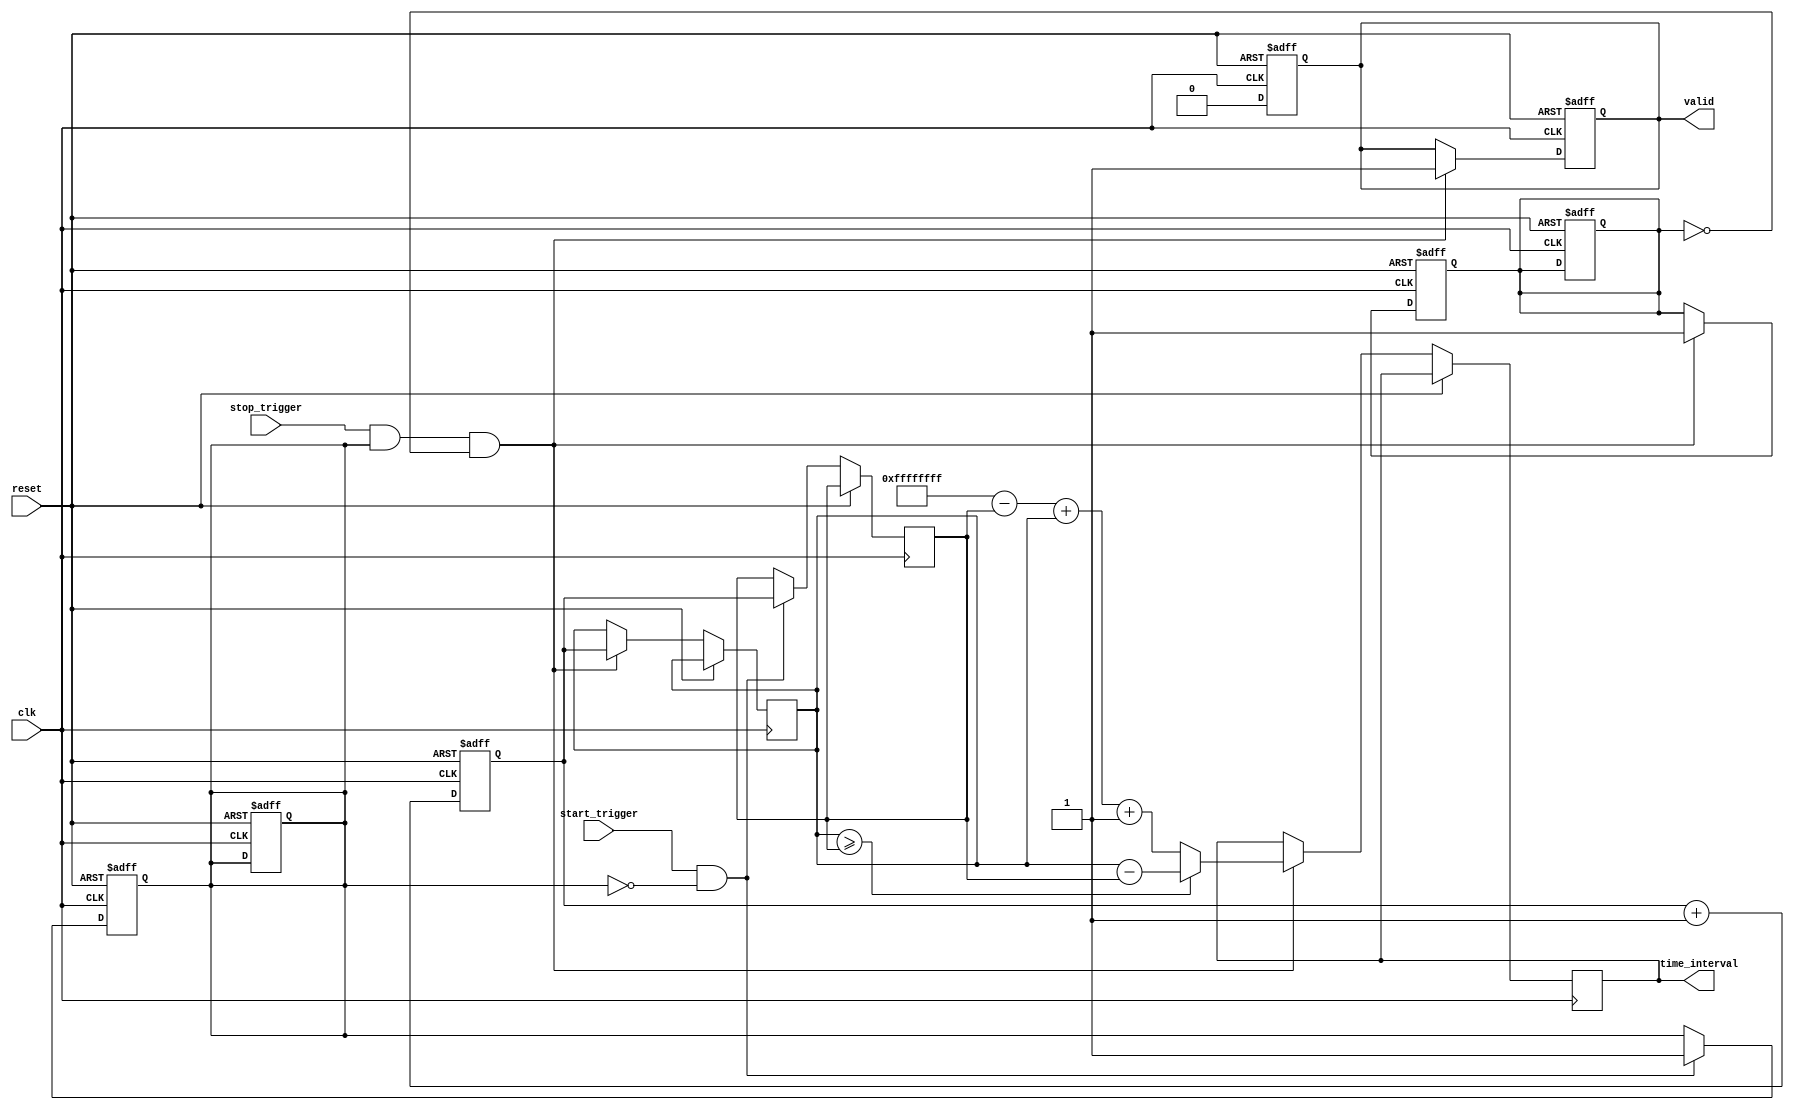
module TDC (
    input wire clk,               // High-speed clock (100 MHz)
    input wire reset,             // Asynchronous reset
    input wire start_trigger,     // START event trigger
    input wire stop_trigger,      // STOP event trigger
    output reg [31:0] time_interval, // Output time interval
    output reg valid              // Indicates valid time interval output
);

    // Parameters
    parameter MEMORY_DEPTH = 256; // Depth of the memory
    parameter ADDR_WIDTH = 8;      // Address width for memory (2^8 = 256)

    // Internal signals
    reg [31:0] timestamp_counter;   // Counter for timestamps
    reg [31:0] start_time;           // Start timestamp
    reg [31:0] stop_time;            // Stop timestamp
    reg [ADDR_WIDTH-1:0] write_addr; // Write address for memory
    reg [ADDR_WIDTH-1:0] read_addr;  // Read address for memory
    reg [31:0] memory [0:MEMORY_DEPTH-1]; // Dual-port memory for timestamps
    reg start_event_captured;        // Flag for capturing start event
    reg stop_event_captured;         // Flag for capturing stop event

    // Counter for timestamps
    always @(posedge clk or posedge reset) begin
        if (reset) begin
            timestamp_counter <= 32'b0;
        end else begin
            timestamp_counter <= timestamp_counter + 1;
        end
    end

    // Event capture logic
    always @(posedge clk or posedge reset) begin
        if (reset) begin
            start_event_captured <= 1'b0;
            stop_event_captured <= 1'b0;
            valid <= 1'b0;
        end else begin
            if (start_trigger && !start_event_captured) begin
                start_time <= timestamp_counter;
                write_addr <= 0; // Write to address 0 for START
                memory[write_addr] <= start_time;
                start_event_captured <= 1'b1;
            end
            
            if (stop_trigger && start_event_captured && !stop_event_captured) begin
                stop_time <= timestamp_counter;
                write_addr <= 1; // Write to address 1 for STOP
                memory[write_addr] <= stop_time;
                stop_event_captured <= 1'b1;

                // Calculate time interval
                if (stop_time >= start_time) begin
                    time_interval <= stop_time - start_time;
                end else begin
                    // Handle overflow case
                    time_interval <= (32'hFFFFFFFF - start_time) + stop_time + 1;
                end
                valid <= 1'b1; // Indicate valid output
            end
        end
    end

    // Reset flags after reading the valid output
    always @(posedge clk or posedge reset) begin
        if (reset) begin
            valid <= 1'b0;
            start_event_captured <= 1'b0;
            stop_event_captured <= 1'b0;
        end else if (valid) begin
            valid <= 1'b0; // Reset valid flag after reading
        end
    end

endmodule